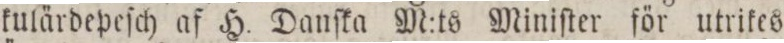
kulärdepeſch af H. Danſka M:ts Miniſter för utrikes